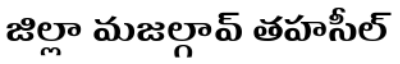
జిల్లా మజల్గావ్ తహసీల్